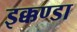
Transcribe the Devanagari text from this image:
इक्कण्डा